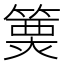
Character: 𥲦